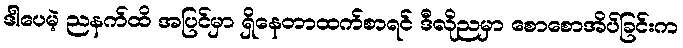
ဒါပေမဲ့ ညနက်ထိ အပြင်မှာ ရှိနေတာထက်စာရင် ဒီလိုညမှာ စောစောအိပ်ခြင်းက